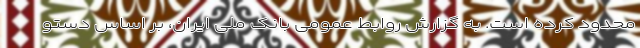
محدود کرده است. به گزارش روابط عمومی بانک ملی ایران، بر اساس دستو